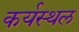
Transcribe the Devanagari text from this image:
कर्यस्थल